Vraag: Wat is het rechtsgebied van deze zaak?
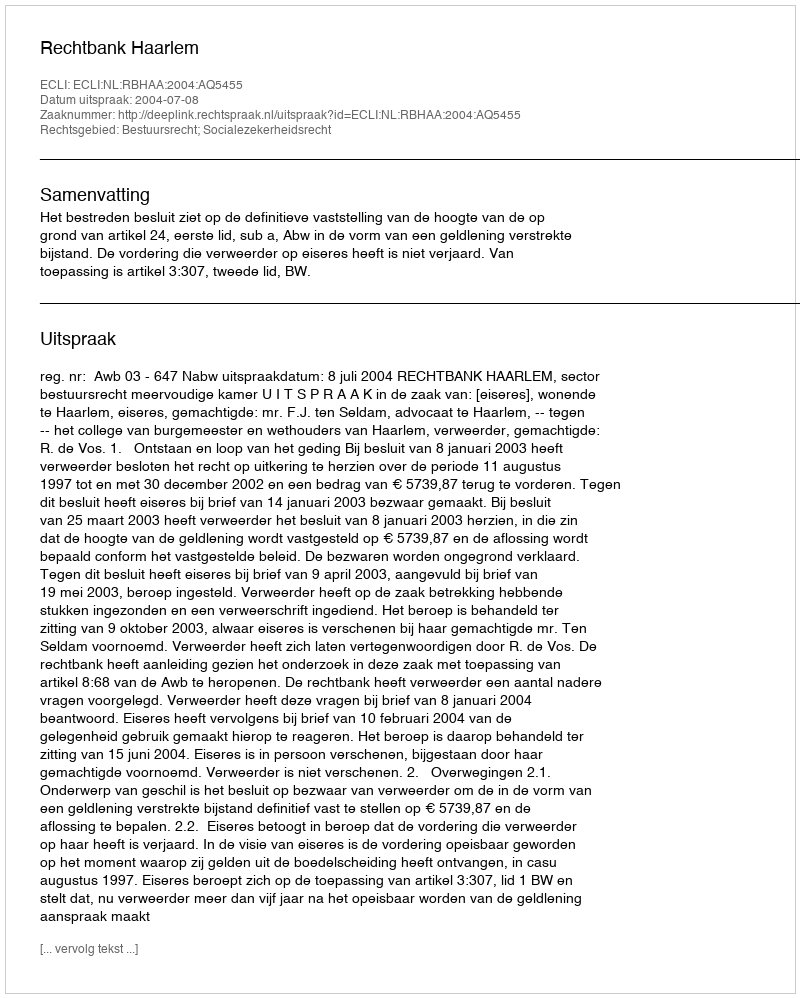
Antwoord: Bestuursrecht; Socialezekerheidsrecht